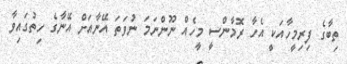
ތިބާގެ ފިރިމީހާއަކީ އެހާ ރޮމާންސީ މީހެއް ނޫންނަމަ ނުވަތަ އޭނާއަށް އޭނާގެ ހިތުގައިވާ